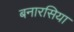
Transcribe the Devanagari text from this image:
बनारसिया